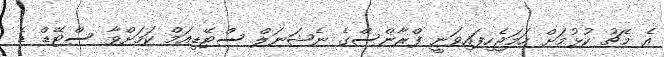
އެ މެޗު ކުޅުމަށް ހަމަޖެހިފައިވަނީ ފްރާންސްގެ ނެޝަނަލް ސްޓޭޑިއަމް ކަމަށްވާ ސްޓޭޑް ޑެ